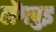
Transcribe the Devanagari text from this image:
लेंगपुइ